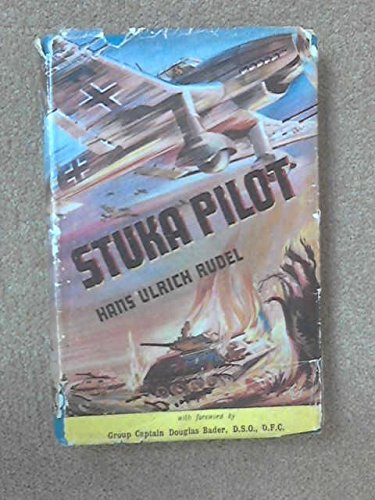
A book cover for Stuka pilot; Hans Ulrich Rudel; Engineering & Transportation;